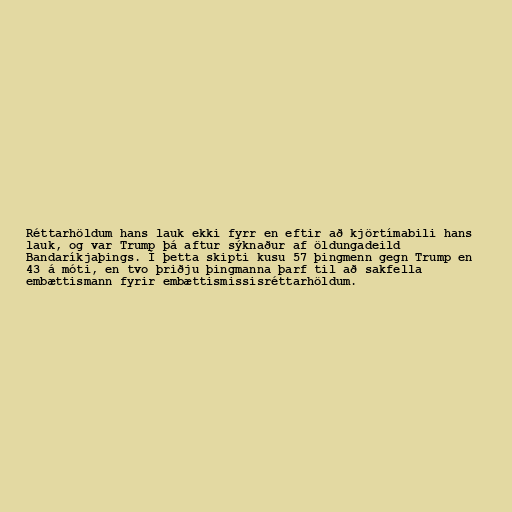
Réttarhöldum hans lauk ekki fyrr en eftir að kjörtímabili hans
lauk, og var Trump þá aftur sýknaður af öldungadeild
Bandaríkjaþings. Í þetta skipti kusu 57 þingmenn gegn Trump en
43 á móti, en tvo þriðju þingmanna þarf til að sakfella
embættismann fyrir embættismissisréttarhöldum.